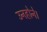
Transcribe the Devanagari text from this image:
उनहोने।